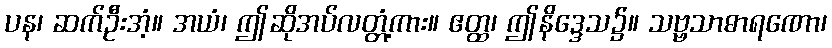
ပန၊ ဆက်ဦးအံ့။ အယံ၊ ဤဆိုအပ်လတ္တံ့ကား။ ဧတ္ထ၊ ဤနိဒ္ဒေသ၌။ သဗ္ဗသာဓာရဏော၊